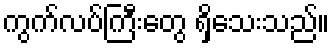
ကွက်လပ်ကြီးတွေ ရှိသေးသည်။